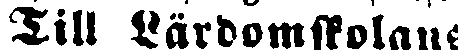
Till Lärdomskolans